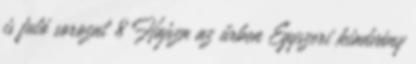
is futó sorozat 8 Hajsza az űrben Egyszeri kiadvány